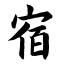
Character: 宿